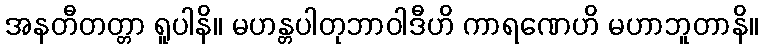
အနတီတတ္တာ ရူပါနိ။ မဟန္တပါတုဘာဝါဒီဟိ ကာရဏေဟိ မဟာဘူတာနိ။